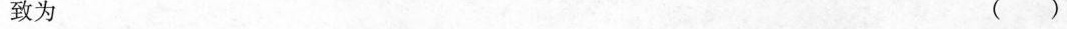
致为 ()